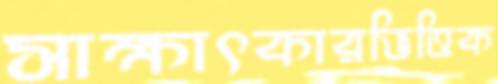
সাক্ষাৎকারভিত্তিক